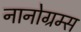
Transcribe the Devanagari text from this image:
नानोग्रम्स